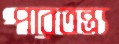
পারতন্ত্র্য